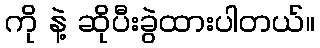
ကို နဲ့ ဆိုပီးခွဲထားပါတယ်။